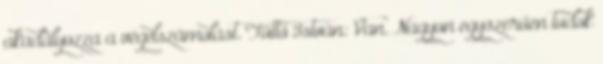
akadályozza a végelszámolást. Tüttő István: Van. Nagyon egyszerűen tudok